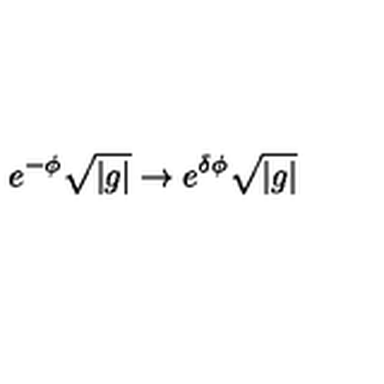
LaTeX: e ^ { - \phi } \sqrt { | g | } \rightarrow e ^ { \delta \phi } \sqrt { | g | }